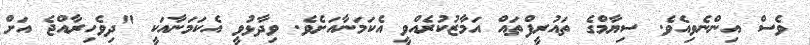
ވެސް އިންނެވިއެވެ. ސިޔާމްގެ ތައުރީފްތައް އަމާޒުކުރެއްވީ އެކަމަނާއަށެވެ. ވިދާޅުވީ އެކަމަނާއަކީ "ދިވެހިރާއްޖެ އަށް